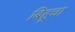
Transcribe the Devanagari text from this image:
बिहूचा